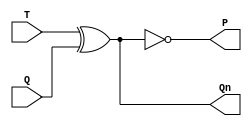
module TF(output Qn,P,input T,Q);
assign Qn=T^Q;
assign P=~Qn;
endmodule